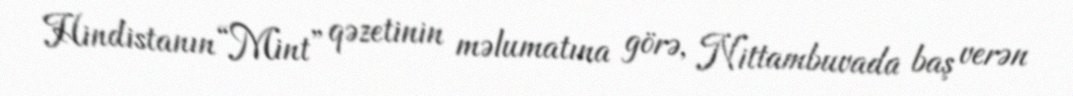
Hindistanın “Mint” qəzetinin məlumatına görə, Nittambuvada baş verən